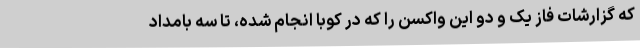
که گزارشات فاز یک و دو این واکسن را که در کوبا انجام شده، تا سه بامداد